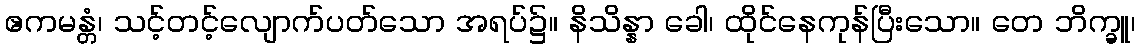
ဧကမန္တံ၊ သင့်တင့်လျောက်ပတ်သော အရပ်၌။ နိသိန္နာ ခေါ၊ ထိုင်နေကုန်ပြီးသော။ တေ ဘိက္ခူ၊